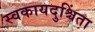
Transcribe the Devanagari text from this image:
स्वकायदुश्चिंता